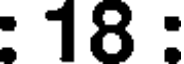
: 18 :